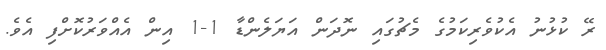
ރޭ ކުޅުނު އެކުވެރިކަމުގެ މެޗުގައި ނޮދަން އަޔަލެންޑާ 1-1 އިން އެއްވަރުކޮށްފި އެވެ.